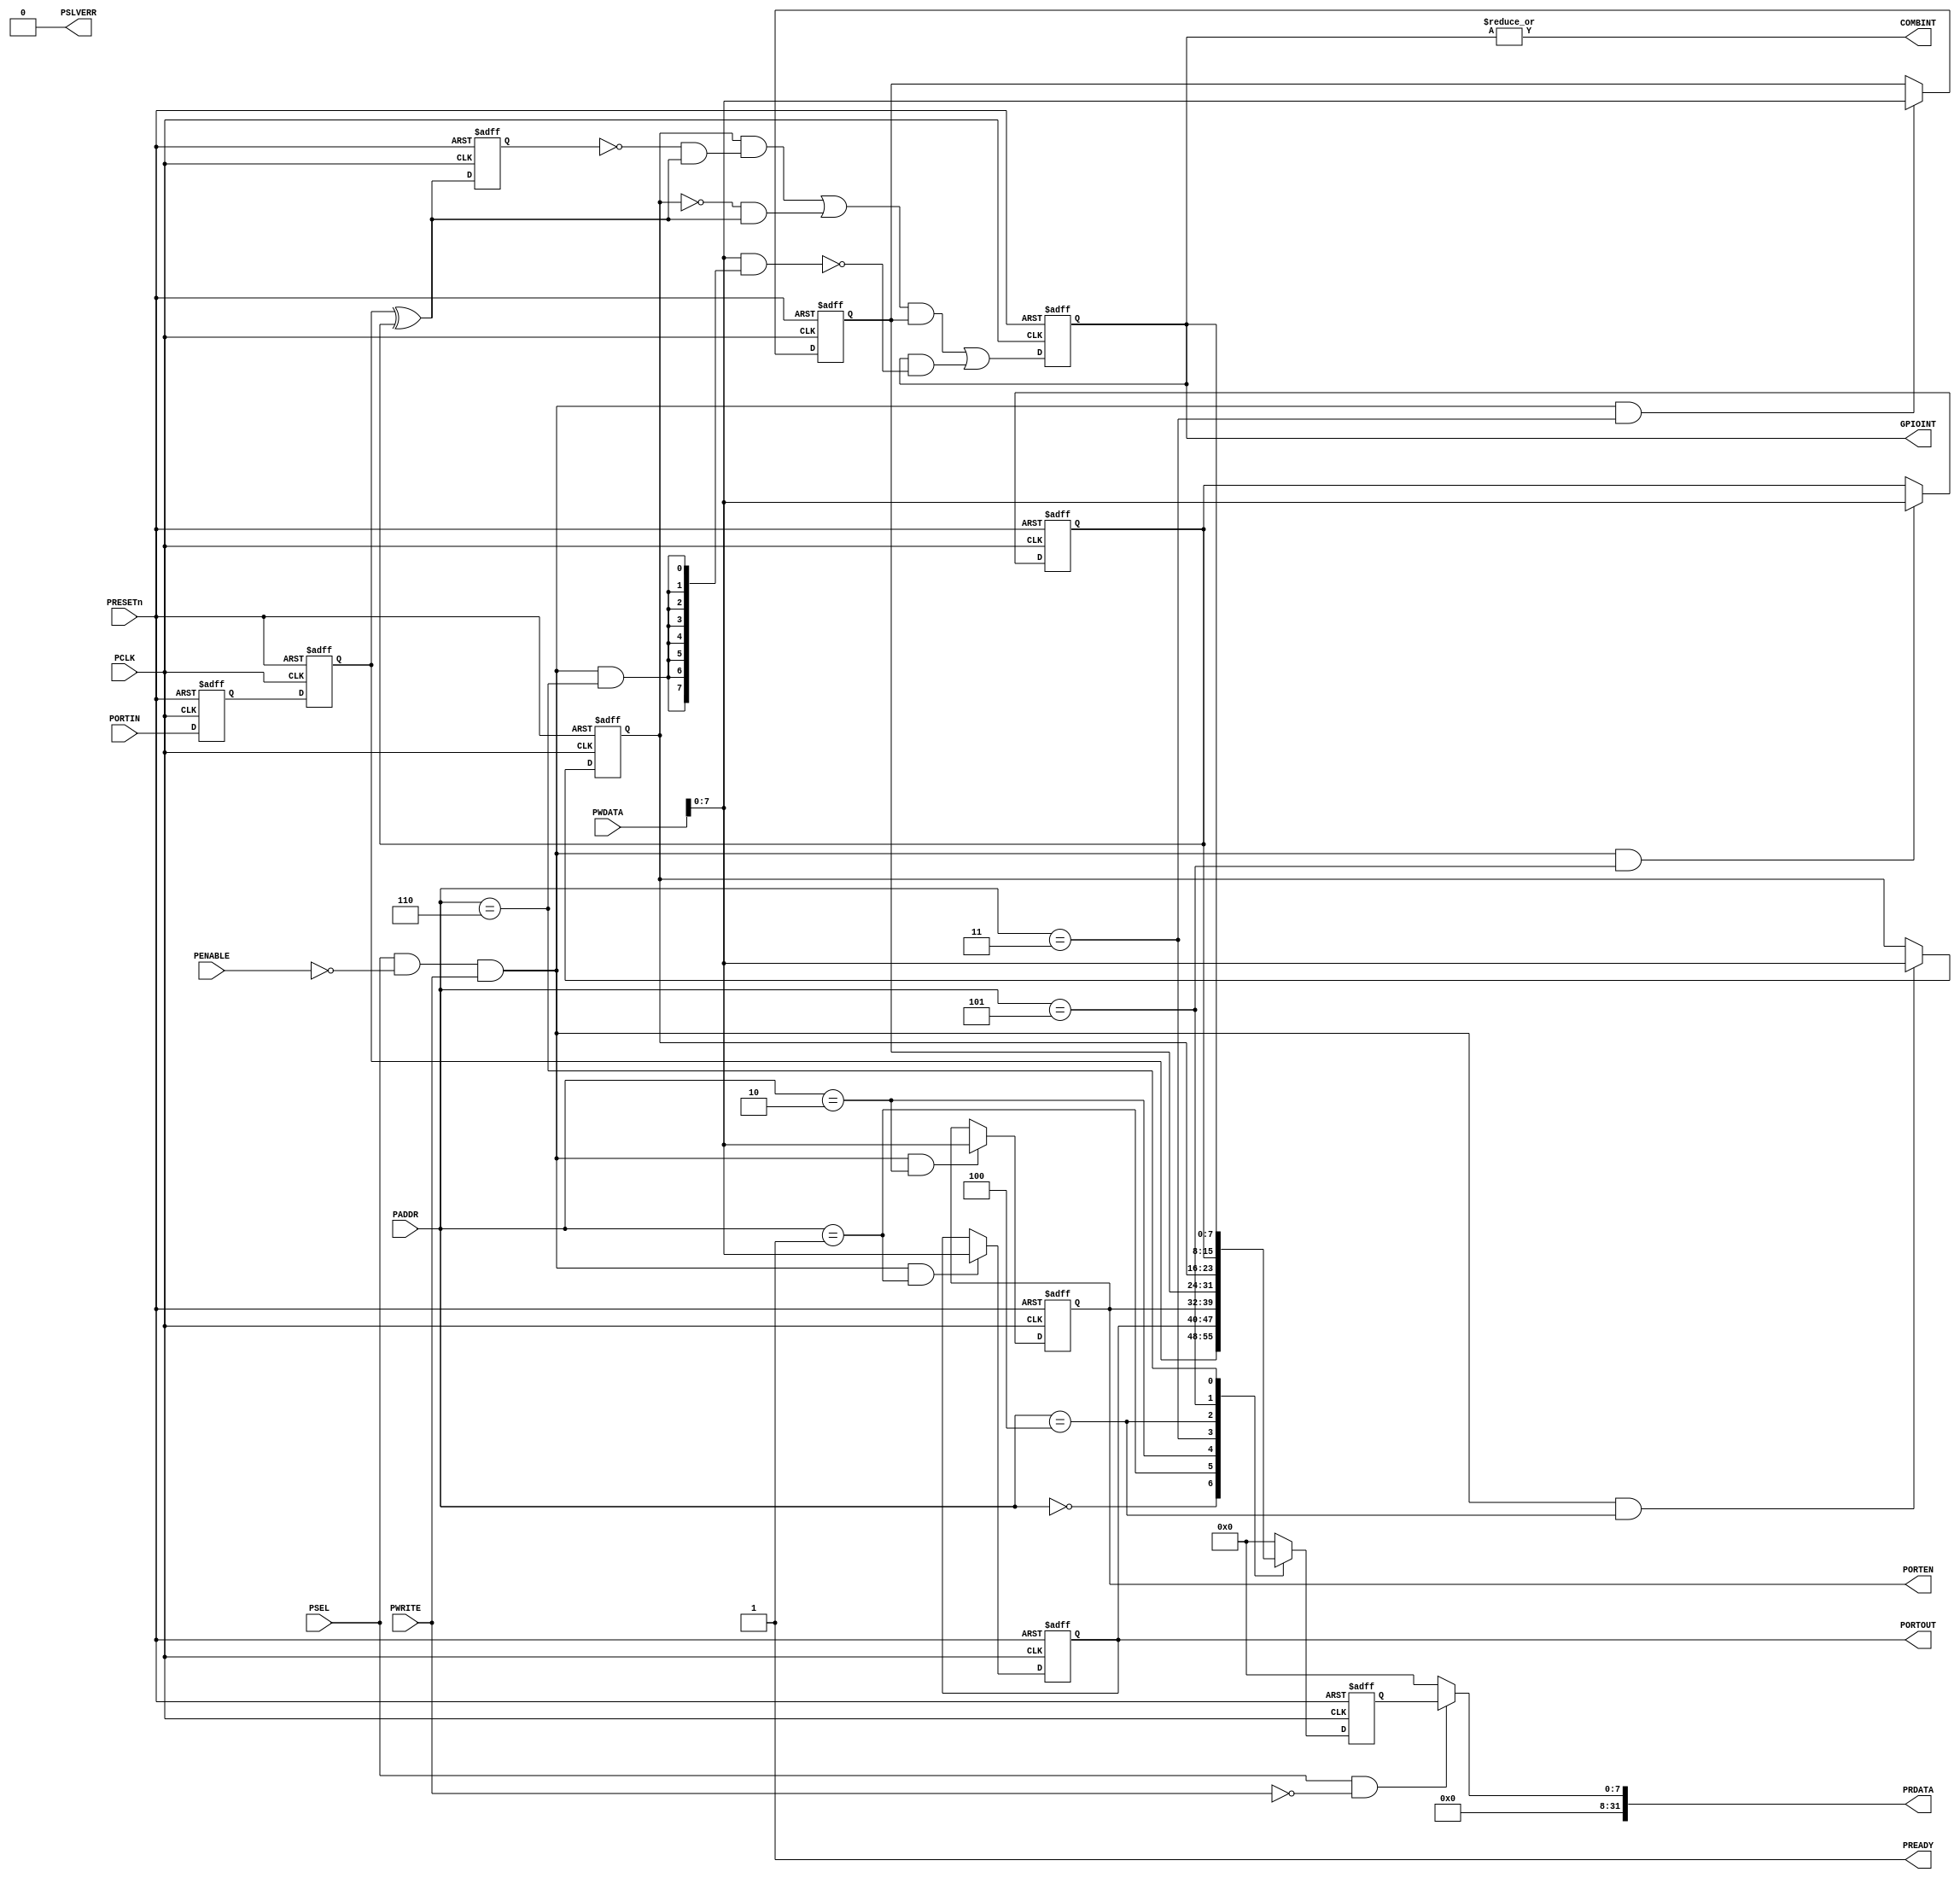
//--------------------------------------------------------
// GPIO from ARM doc
//--------------------------------------------------------
// Programmer's model
// 0x00 RO    DataIn
// 0x04 RW    Data Output
// 0x08 RW    Output enable
// 0x0C RW    Interrupt Enable
// 0x10 RW    Interrupt Type
// 0x14 RW    Interrupt Polarity
// 0x18 RWc   Interrupt State
//--------------------------------------------------------

module apb_gpio #(
  parameter PortWidth = 8
)(
input wire PCLK, // Clock
input wire PRESETn, // Reset
// APB interface inputs
input wire PSEL, // Device select
input wire [7:2] PADDR, // Address
input wire PENABLE, // Transfer control
input wire PWRITE, // Write control
input wire [31:0] PWDATA, // Write data
// APB interface outputs
output wire [31:0] PRDATA, // Read data
output wire PREADY, // Device ready
output wire PSLVERR, // Device error response
// GPIO Interface inputs and output
input wire [PortWidth-1:0] PORTIN, // GPIO input
output wire [PortWidth-1:0] PORTOUT, // GPIO output
output wire [PortWidth-1:0] PORTEN, // GPIO output enable
// Interrupt outputs
output wire [PortWidth-1:0] GPIOINT, // Interrupt output for each pin
output wire COMBINT // Combined interrupt
);


// Signals for read/write controls
wire  ReadEnable;
wire  WriteEnable;
wire  WriteEnable04; // Write enable for Data Output register
wire  WriteEnable08; // Write enable for Output Enable register
wire  WriteEnable0C; // Write enable for Interrupt Enable register
wire  WriteEnable10; // Write enable for Interrupt Type register
wire  WriteEnable14; // Write enable for Interrupt Polarity register
wire  WriteEnable18; // Write enable for Interrupt State register
reg  [PortWidth-1:0] ReadMux;
reg  [PortWidth-1:0] ReadMuxReg;


// Signals for Control registers
reg [PortWidth-1:0] RegDOUT;
reg [PortWidth-1:0] RegDOUTEN;
reg [PortWidth-1:0] RegINTEN;
reg [PortWidth-1:0] RegINTTYPE;
reg [PortWidth-1:0] RegINTPOL;
reg [PortWidth-1:0] RegINTState;

// I/O signal path
reg [PortWidth-1:0] DataInSync1;
reg [PortWidth-1:0] DataInSync2;
wire [PortWidth-1:0] DataInPolAdjusted;
reg [PortWidth-1:0] LastDataInPol;
wire [PortWidth-1:0] EdgeDetect;
wire [PortWidth-1:0] RawInt;
wire [PortWidth-1:0] MaskedInt;
// Start of main code
// Read and write control signals
assign ReadEnable = PSEL & (~PWRITE); // assert for whole APB read transfer
assign WriteEnable = PSEL & (~PENABLE) & PWRITE; // assert for 1st cycle of write transfer
assign WriteEnable04 = WriteEnable & (PADDR[7:2] == 6'b000001);
assign WriteEnable08 = WriteEnable & (PADDR[7:2] == 6'b000010);
assign WriteEnable0C = WriteEnable & (PADDR[7:2] == 6'b000011);
assign WriteEnable10 = WriteEnable & (PADDR[7:2] == 6'b000100);
assign WriteEnable14 = WriteEnable & (PADDR[7:2] == 6'b000101);
assign WriteEnable18 = WriteEnable & (PADDR[7:2] == 6'b000110);

// Write operations
// Data Output register
always @(posedge PCLK or negedge PRESETn)
begin
  if (~PRESETn)
    RegDOUT <= {PortWidth{1'b0}};
  else if (WriteEnable04)
    RegDOUT <= PWDATA[(PortWidth-1):0];
end
// Output enable register
always @(posedge PCLK or negedge PRESETn)
begin
  if (~PRESETn)
    RegDOUTEN <= {PortWidth{1'b0}};
  else if (WriteEnable08)
    RegDOUTEN <= PWDATA[(PortWidth-1):0];
end
// Interrupt Enable register
always @(posedge PCLK or negedge PRESETn)
begin
  if (~PRESETn)
    RegINTEN <= {PortWidth{1'b0}};
  else if (WriteEnable0C)
    RegINTEN <= PWDATA[(PortWidth-1):0];
end
// Interrupt Type register
always @(posedge PCLK or negedge PRESETn)
begin
  if (~PRESETn)
    RegINTTYPE <= {PortWidth{1'b0}};
  else if (WriteEnable10)
    RegINTTYPE <= PWDATA[(PortWidth-1):0];
end
// Interrupt Polarity register
always @(posedge PCLK or negedge PRESETn)
begin
  if (~PRESETn)
    RegINTPOL <= {PortWidth{1'b0}};
  else if (WriteEnable14)
    RegINTPOL <= PWDATA[(PortWidth-1):0];
end
// Read operation
always @(PADDR or DataInSync2 or RegDOUT or RegDOUTEN or RegINTEN or RegINTTYPE or RegINTPOL or RegINTState)
begin
  case (PADDR[7:2])
    0: ReadMux = DataInSync2;
    1: ReadMux = RegDOUT;
    2: ReadMux = RegDOUTEN;
    3: ReadMux = RegINTEN;
    4: ReadMux = RegINTTYPE;
    5: ReadMux = RegINTPOL;
    6: ReadMux = RegINTState;
    default : ReadMux = {PortWidth{1'b0}}; // Read as 0 if address is out of range
  endcase
end
// Register read data
always @(posedge PCLK or negedge PRESETn)
begin
  if (~PRESETn)
    ReadMuxReg <= {PortWidth{1'b0}};
  else
    ReadMuxReg <= ReadMux;
end
// Output read data to APB
assign PRDATA = (ReadEnable) ? {{(32-PortWidth){1'b0}},ReadMuxReg} : {32{1'b0}};
assign PREADY = 1'b1; // Always ready
assign PSLVERR = 1'b0; // Always okay
// Output to external
assign PORTEN = RegDOUTEN;
assign PORTOUT = RegDOUT;
// Synchronize input
always @(posedge PCLK or negedge PRESETn)
begin
  if (~PRESETn)
    begin
      DataInSync1 <= {PortWidth{1'b0}};
      DataInSync2 <= {PortWidth{1'b0}};
    end
  else
    begin
      DataInSync1 <= PORTIN;
      DataInSync2 <= DataInSync1;
    end
end
// Interrupt generation - polarity handling
assign DataInPolAdjusted = DataInSync2 ^ RegINTPOL;
// Interrupt generation - record last value of DataInPolAdjusted
always @(posedge PCLK or negedge PRESETn)
begin
  if (~PRESETn)
    LastDataInPol <= {PortWidth{1'b0}};
  else
    LastDataInPol <= DataInPolAdjusted;
end
// Interrupt generation - positive edge detection
assign EdgeDetect = ~LastDataInPol & DataInPolAdjusted;
// Interrupt generation - select interrupt type
assign RawInt = ( RegINTTYPE & EdgeDetect) | (~RegINTTYPE & DataInPolAdjusted); // Level trigger
// Interrupt generation - Enable masking
assign MaskedInt = RawInt & RegINTEN;
// Interrupt state
always @(posedge PCLK or negedge PRESETn)
begin
  if (~PRESETn)
    RegINTState <= {PortWidth{1'b0}};
  else
    RegINTState <= MaskedInt|(RegINTState & ~(PWDATA[PortWidth-1:0] & {PortWidth{WriteEnable18}}));
end
// Connect interrupt signal to top level
assign GPIOINT = RegINTState;
assign COMBINT = (|RegINTState);
  
endmodule